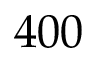
4 0 0